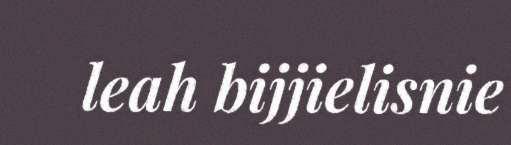
leah bijjielisnie